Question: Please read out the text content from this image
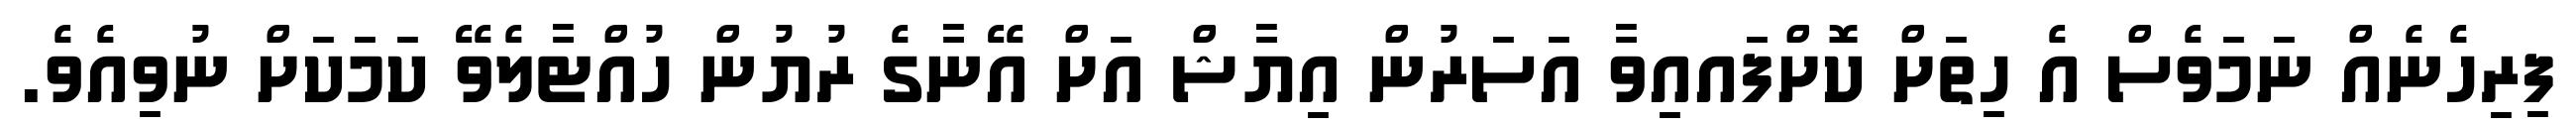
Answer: ފިރިހެނެއް ނަމަވެސް އެ ހިތަށް ކޮށްފައއިވާ އަސަރުން އިޔާޝް އަށް އޭނާގެ ރުޔުން ހުއްޓާލެވޭ ކަމަކަށް ނުވިއެވެ.